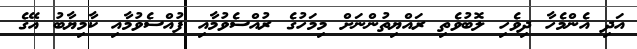
އަދި އެންމެހާ ދިވެހި ލޮބުވެތި ރައްޔިތުންނަށް މިމަހުގެ ރުއްސެވުމާއި ފުއްސެވުމާއި ކާމިޔާބު އޭގެ